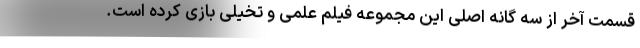
قسمت آخر از سه گانه اصلی این مجموعه فیلم علمی و تخیلی بازی کرده است.